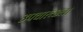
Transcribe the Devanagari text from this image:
उपचारच्छल।